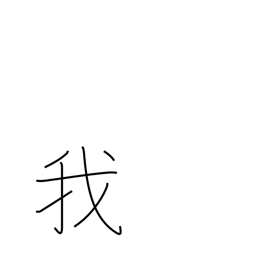
Meaning: I